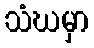
သံဃမှာ